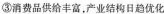
③消费品供给丰富，产业结构日趋优化